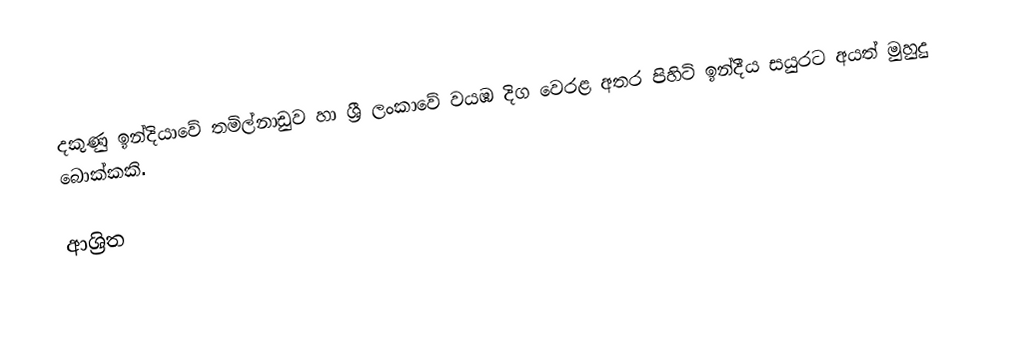
දකුණු ඉන්දියාවේ තමිල්නාඩුව හා ශ්‍රී ලංකාවේ වයඹ දිග වෙරළ අතර පිහිටි ඉන්දීය සයුරට අයත් මුහුදු බොක්කකි.

ආශ්‍රිත